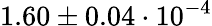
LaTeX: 1.60\pm 0.04\cdot 10^{-4}